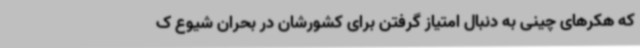
که هکرهای چینی به دنبال امتیاز گرفتن برای کشورشان در بحران شیوع ک